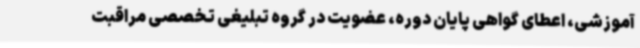
آموزشی، اعطای گواهی پایان دوره، عضویت در گروه تبلیغی تخصصی مراقبت